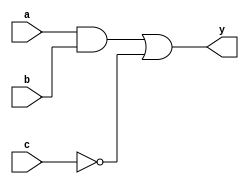
module combinational_logic (
    input wire a,          // Input signal a
    input wire b,          // Input signal b
    input wire c,          // Input signal c
    output reg y          // Output signal y
);

// Always block to model combinational logic
always @(*) begin
    // Continuous assignment using the = operator
    // Example logic: y = (a AND b) OR (NOT c)
    y = (a & b) | (~c);
end

endmodule